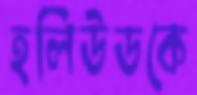
হলিউডকে